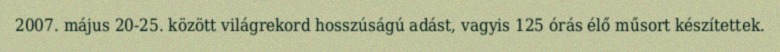
2007. május 20-25. között világrekord hosszúságú adást, vagyis 125 órás élő műsort készítettek.